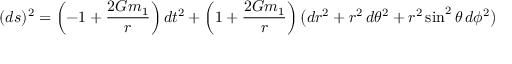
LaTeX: ( d s ) ^ { 2 } = \left( - 1 + \frac { 2 G m _ { 1 } } { r } \right) d t ^ { 2 } + \left( 1 + \frac { 2 G m _ { 1 } } { r } \right) \bigl ( d r ^ { 2 } + r ^ { 2 } \, d \theta ^ { 2 } + r ^ { 2 } \sin ^ { 2 } \theta \, d \phi ^ { 2 } \bigr )